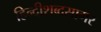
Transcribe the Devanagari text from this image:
हिन्दीशब्दसागर